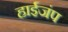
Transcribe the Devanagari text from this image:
हाईजंप